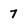
Character: 7